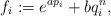
\begin{gather*}f_i:=e^{ap_i}+b q_i^n ,\end{gather*}